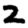
Digit: 2